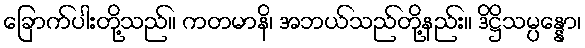
ခြောက်ပါးတို့သည်။ ကတမာနိ၊ အဘယ်သည်တို့နည်း။ ဒိဋ္ဌိသမ္ပန္နော၊